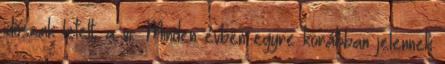
időszak letelt, a vi. Minden évben egyre korábban jelennek